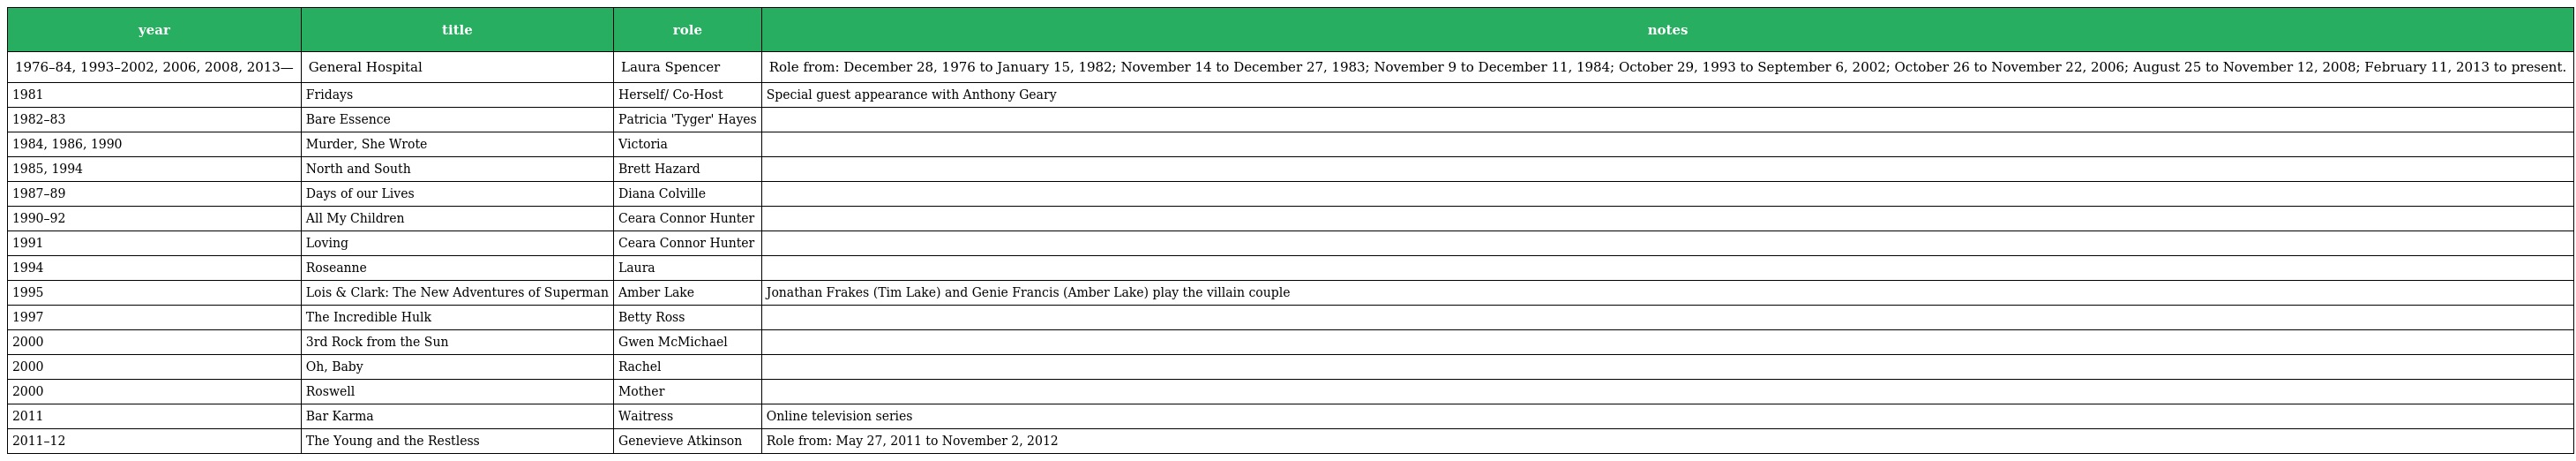
| year | title | role | notes |
 | --- | --- | --- | --- |
 | 1976–84, 1993–2002, 2006, 2008, 2013— | General Hospital | Laura Spencer | Role from: December 28, 1976 to January 15, 1982; November 14 to December 27, 1983; November 9 to December 11, 1984; October 29, 1993 to September 6, 2002; October 26 to November 22, 2006; August 25 to November 12, 2008; February 11, 2013 to present. |
 | 1981 | Fridays | Herself/ Co-Host | Special guest appearance with Anthony Geary |
 | 1982–83 | Bare Essence | Patricia 'Tyger' Hayes |  |
 | 1984, 1986, 1990 | Murder, She Wrote | Victoria |  |
 | 1985, 1994 | North and South | Brett Hazard |  |
 | 1987–89 | Days of our Lives | Diana Colville |  |
 | 1990–92 | All My Children | Ceara Connor Hunter |  |
 | 1991 | Loving | Ceara Connor Hunter |  |
 | 1994 | Roseanne | Laura |  |
 | 1995 | Lois & Clark: The New Adventures of Superman | Amber Lake | Jonathan Frakes (Tim Lake) and Genie Francis (Amber Lake) play the villain couple |
 | 1997 | The Incredible Hulk | Betty Ross |  |
 | 2000 | 3rd Rock from the Sun | Gwen McMichael |  |
 | 2000 | Oh, Baby | Rachel |  |
 | 2000 | Roswell | Mother |  |
 | 2011 | Bar Karma | Waitress | Online television series |
 | 2011–12 | The Young and the Restless | Genevieve Atkinson | Role from: May 27, 2011 to November 2, 2012 |